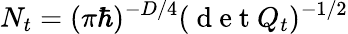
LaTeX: N_{t}=(\pi\hbar)^{-D/4}(\mathrm{~d~e~t~}Q_{t})^{-1/2}